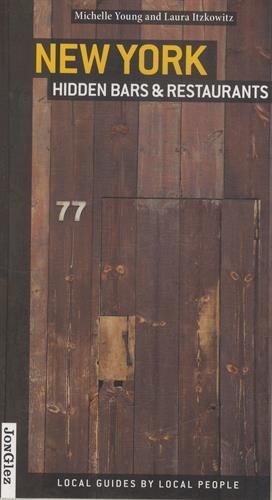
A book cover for New York Hidden Bars & Restaurants (Jonglez); Michelle Young; Travel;